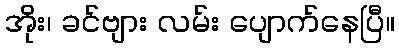
အိုး၊ ခင်ဗျား လမ်း ပျောက်နေပြီ။